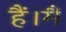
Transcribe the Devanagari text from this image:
हैं।मैं